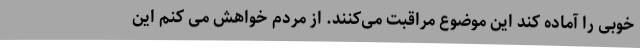
خوبی را آماده کند این موضوع مراقبت می‌کنند. از مردم خواهش می کنم این